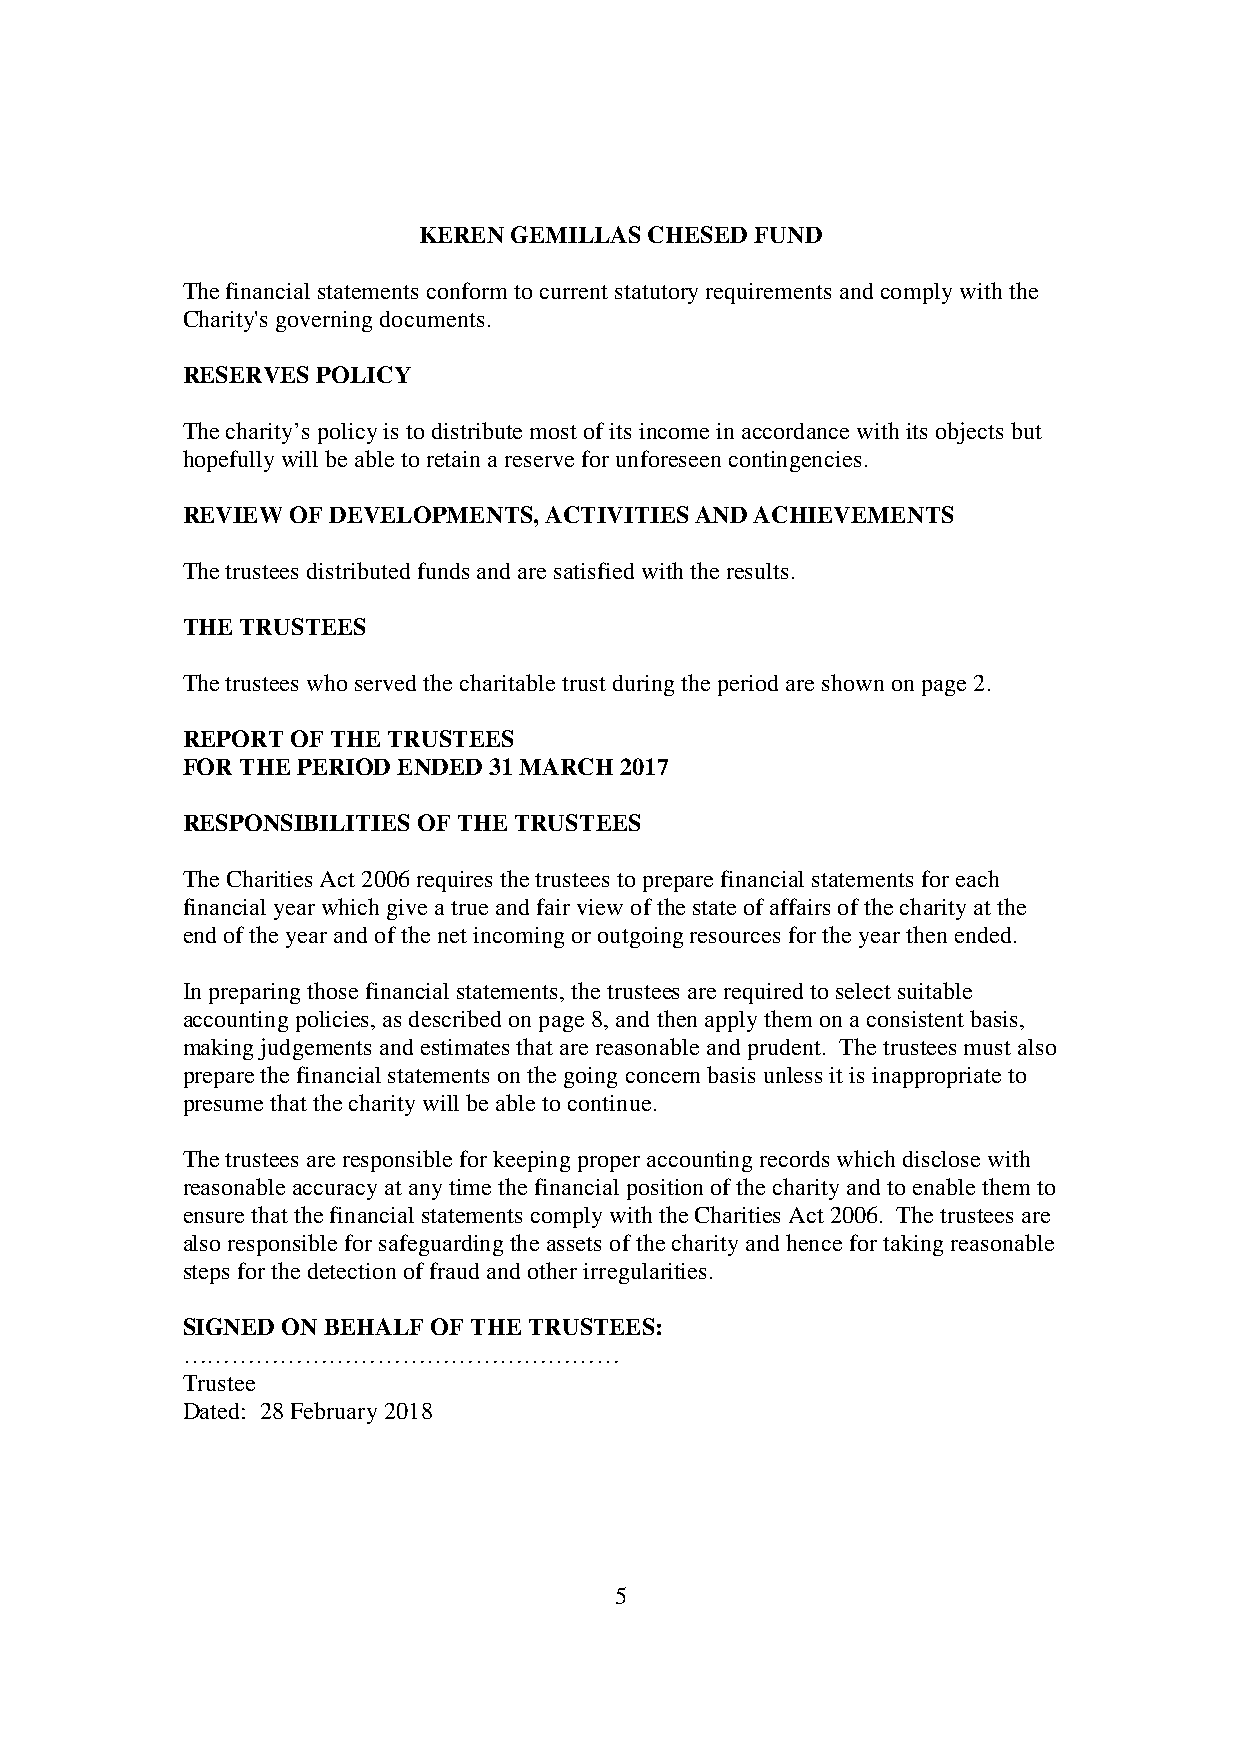
KEREN GEMILLAS CHESED FUND
 The financial statements conform to current statutory requirements and comply with the
 Charity's governing documents.
 RESERVES POLICY
 The charity’s policy is to distribute most of its income in accordance with its objects but
 hopefully will be able to retain a reserve for unforeseen contingencies.
 REVIEW OF DEVELOPMENTS, ACTIVITIES AND ACHIEVEMENTS
 The trustees distributed funds and are satisfied with the results.
 THE TRUSTEES
 The trustees who served the charitable trust during the period are shown on page 2.
 REPORT OF THE TRUSTEES
 FOR THE PERIOD ENDED 31 MARCH 2017
 RESPONSIBILITIES OF THE TRUSTEES
 The Charities Act 2006 requires the trustees to prepare financial statements for each
 financial year which give a true and fair view of the state of affairs of the charity at the
 end of the year and of the net incoming or outgoing resources for the year then ended.
 In preparing those financial statements, the trustees are required to select suitable
 accounting policies, as described on page 8, and then apply them on a consistent basis,
 making judgements and estimates that are reasonable and prudent. The trustees must also
 prepare the financial statements on the going concern basis unless it is inappropriate to
 presume that the charity will be able to continue.
 The trustees are responsible for keeping proper accounting records which disclose with
 reasonable accuracy at any time the financial position of the charity and to enable them to
 ensure that the financial statements comply with the Charities Act 2006. The trustees are
 also responsible for safeguarding the assets of the charity and hence for taking reasonable
 steps for the detection of fraud and other irregularities.
 SIGNED ON BEHALF OF THE TRUSTEES:
 ………………………………………………
 Trustee
 Dated: 28 February 2018
 5